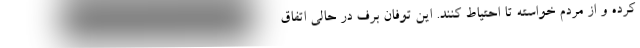
کرده و از مردم خواسته تا احتیاط کنند. این توفان برف در حالی اتفاق